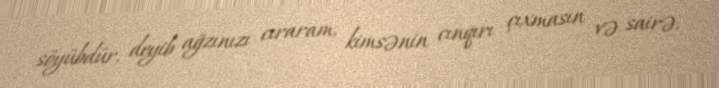
söyübdür, deyib ağzınızı cıraram, kimsənin cınqırı çıxmasın və sairə.